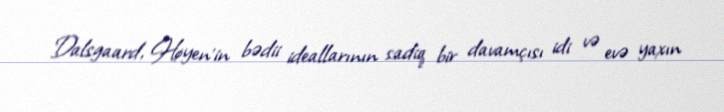
Dalsgaard, Høyen'in bədii ideallarının sadiq bir davamçısı idi və evə yaxın